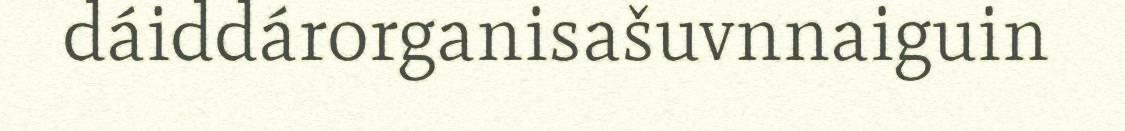
dáiddárorganisašuvnnaiguin